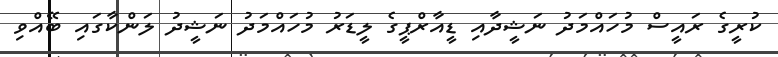
ކުރީގެ ރައީސް މުހައްމަދު ނަޝީދާއި ޑީއާރްޕީގެ ލީޑަރު މުހައްމަދު ނަޝީދު ލަންކާގައި ބޭއްވި